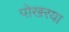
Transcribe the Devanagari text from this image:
पोखरया